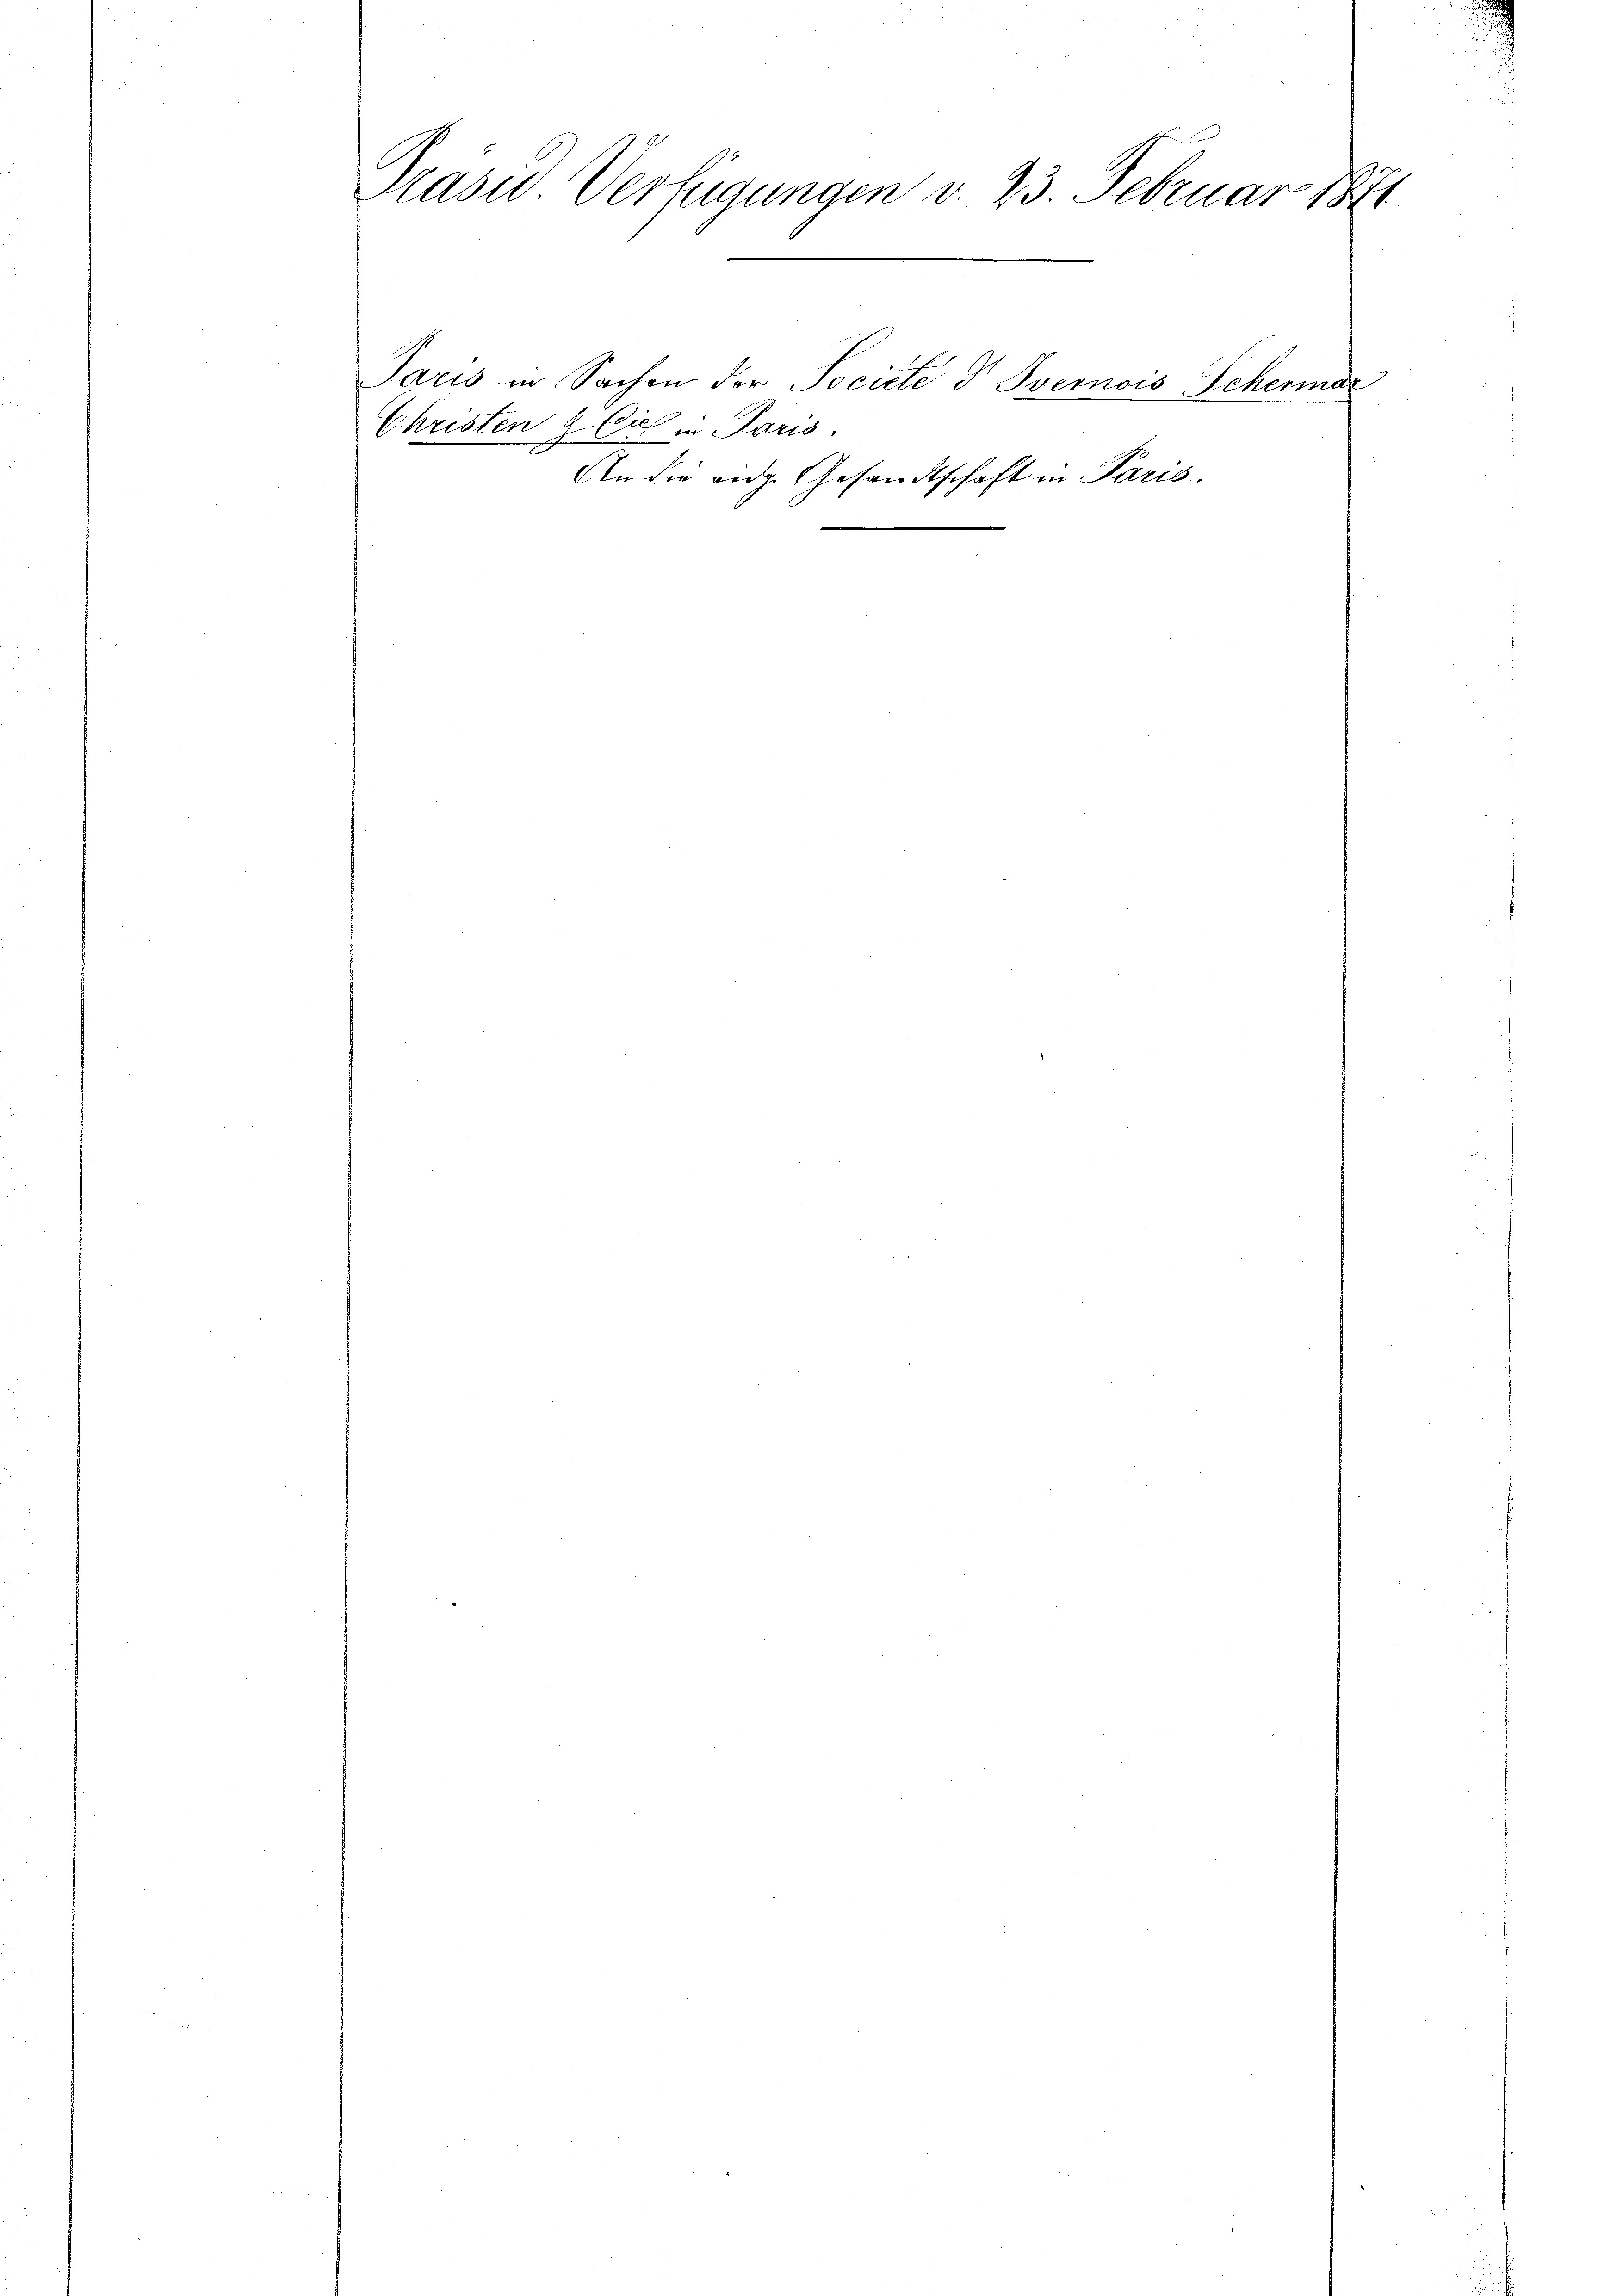
Präsid Verfügungen v. 23. Februar 1871

Christen & Eich in Paris.

Paris in Sachen der Societe d Svernois Schermar
An die aug. Gesandtschaft in Paris.

e

u
n